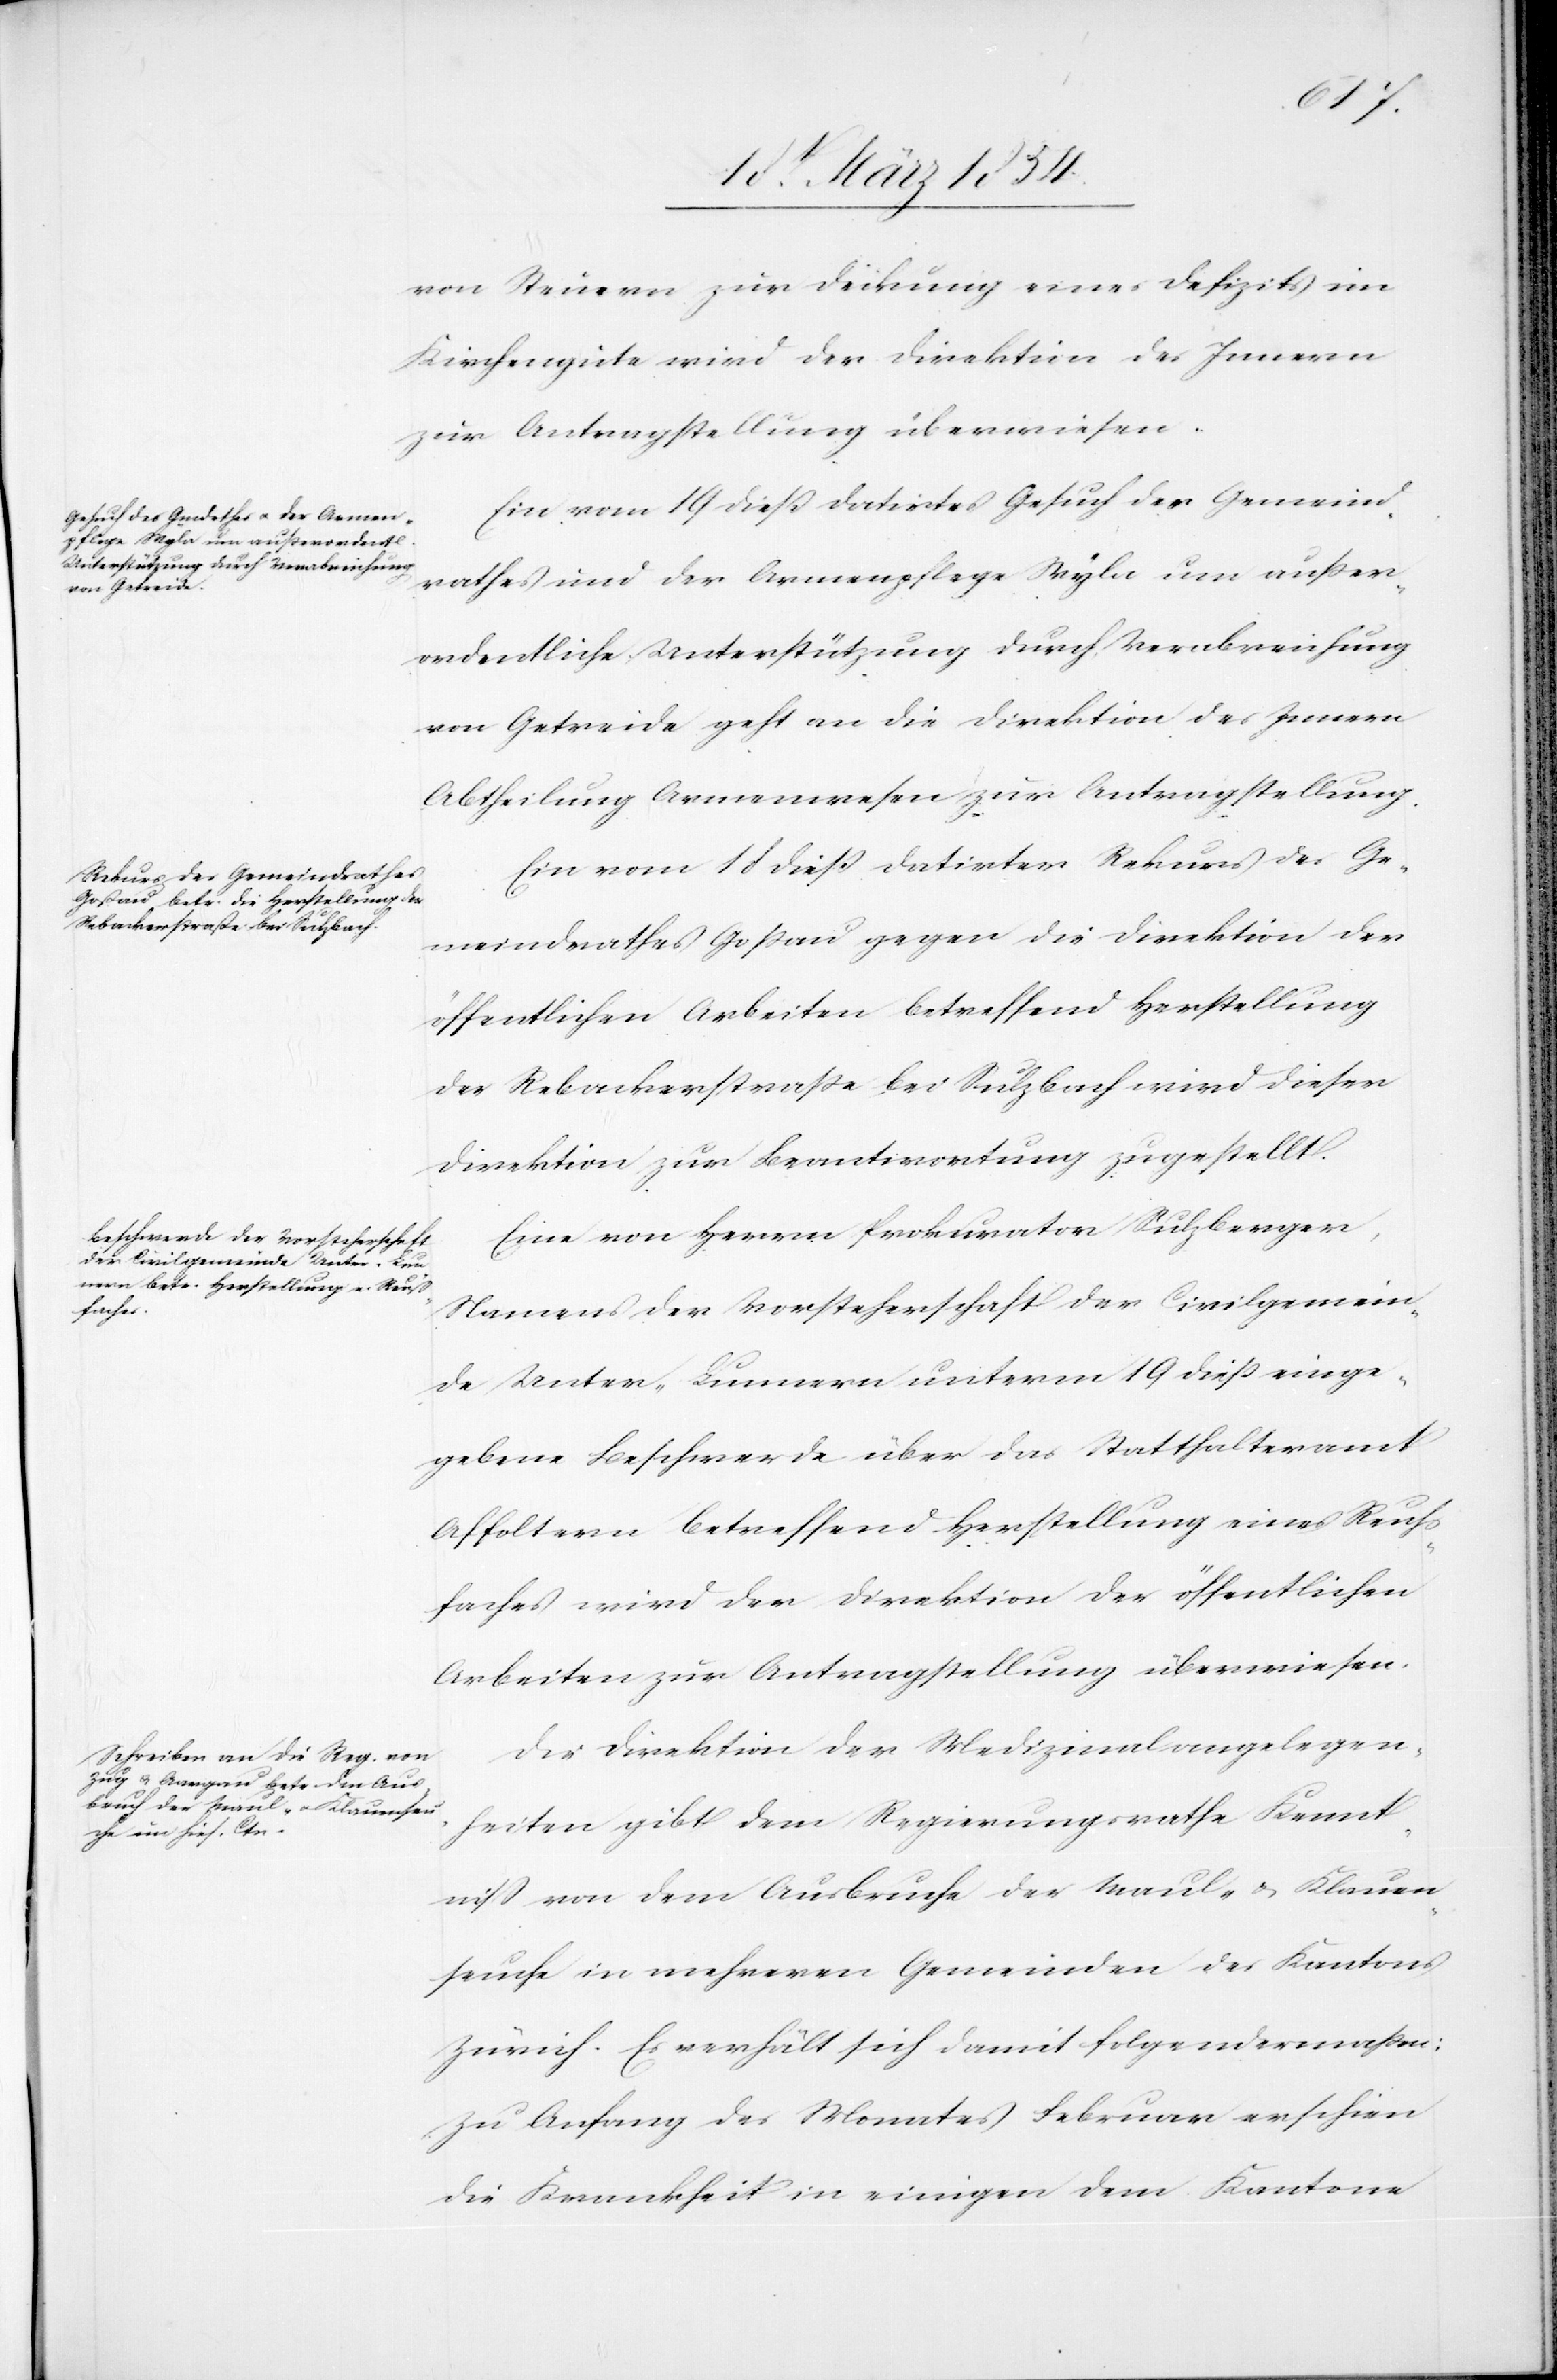
21st März 1854.]
von Steuern zur Deckung eines Defizits im
Kirchengutes wird der Direktion des Innern
zur Antragstellung überwiesen.
Ein vom 19 dieß datirtes Gesuch des Gemeind¬
rathes und der Armenpflege Wyla um außer¬
ordentliche Unterstützung durch Verabreichung
von Getreide geht an die Direktion des Innern
Abtheilung Armenwesen zur Antragstellung.
Ein vom 18 dieß datirter Rekurs des Ge¬
meindrathes Goßau gegen die Direktion der
öffentlichen Arbeiten betreffend Herstellung
der Rebackerstraße bei Sulzbach wird dieser
Direktion zur Beantwortung zugestellt.
Eine von Herrn Prokurator Sulzberger,
Namens der Vorsteherschaft der Civilgemein¬
de Unter-Lunnern unterm 19 dieß einge¬
gebene Beschwerde über das Statthalteramt
Affoltern betreffend Herstellung eines Reuss¬
faches wird der Direktion der öffentlichen
Arbeiten zur Antragstellung überwiesen.
Die Direktion der Medizinalangelegen¬
heiten gibt dem Regierungsrathe Kennt¬
niß von dem Ausbruche der Maul- und Klauen¬
seuche in mehreren Gemeinden des Kantons
Zürich. Es verhält sich damit folgendermaßen:
Zu Anfang des Monates Februar erschien
die Krankheit in einigen dem Kantone